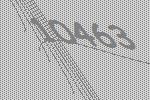
10463